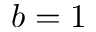
b = 1